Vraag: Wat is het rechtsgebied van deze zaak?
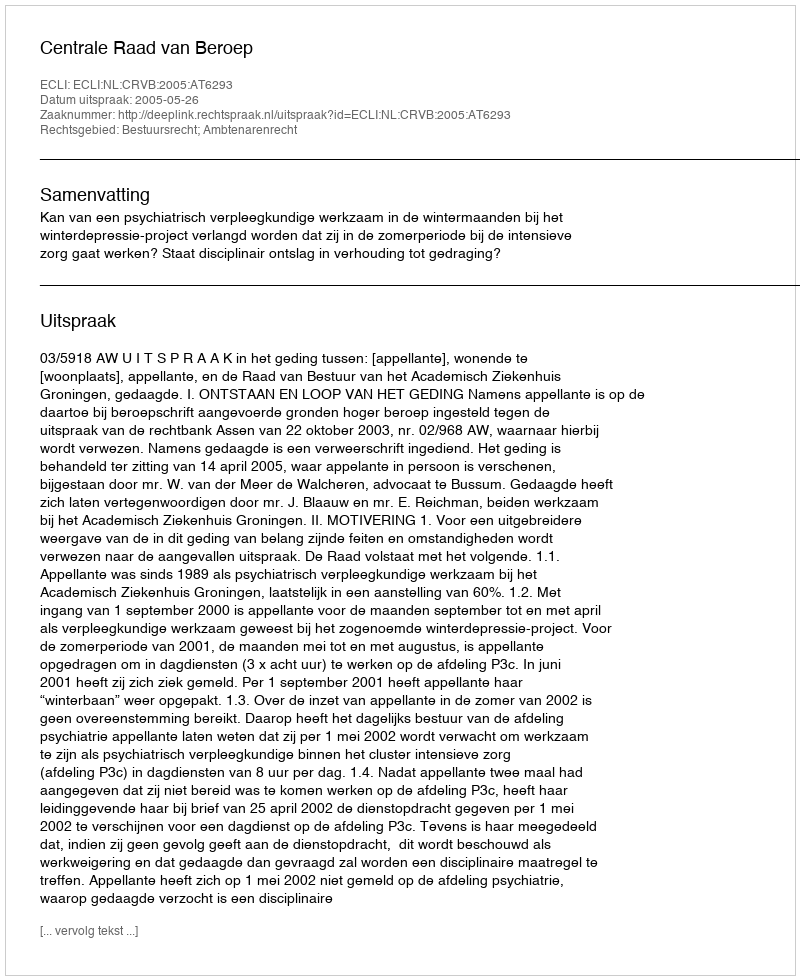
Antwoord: Bestuursrecht; Ambtenarenrecht